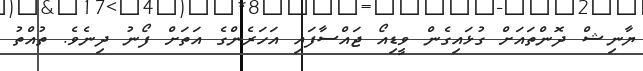
ޔާނިޝް ދޮންތައަށް ގުޅައިގެން ވީޑިއޯ ޖައްސާފައި އަހަރެންގެ އަތަށް ފޯނު ދިނެވެ. ތުއްތު